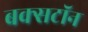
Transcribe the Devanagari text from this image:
बक्सटॉन